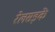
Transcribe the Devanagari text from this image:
रेलसड़कें